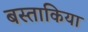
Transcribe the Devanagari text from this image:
बस्ताकिया